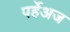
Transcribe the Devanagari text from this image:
पर्हेअज